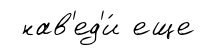
нав'ед'и́ еще